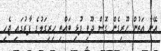
އޭނާ އަތުން ހޫރިގެން ގޮސް ދޫވި ފުޅި ބައްތި ހިރިގަލުގެ ފާރުގައި ޖެހި